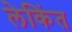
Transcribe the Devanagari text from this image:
लेकिंत